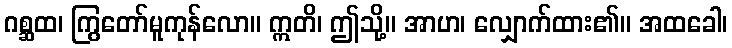
ဂစ္ဆထ၊ ကြွတော်မူကုန်လော။ ဣတိ၊ ဤသို့။ အာဟ၊ လျှောက်ထား၏။ အထခေါ၊